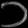
Digit: ၁